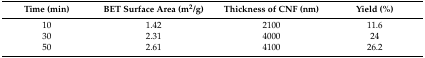
<table><thead><tr><td><b>Time (min)</b></td><td><b>BET Surface Area (m<sup>2</sup>/g)</b></td><td><b>Thickness of CNF (nm)</b></td><td><b>Yield (%)</b></td></tr></thead><tbody><tr><td>10</td><td>1.42</td><td>2100</td><td>11.6</td></tr><tr><td>30</td><td>2.31</td><td>4000</td><td>24</td></tr><tr><td>50</td><td>2.61</td><td>4100</td><td>26.2</td></tr></tbody></table>